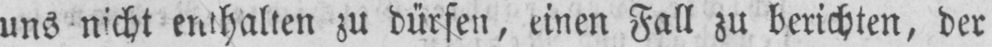
uns nicht enthalten zu dürfen, einen Fall zu berichten, der